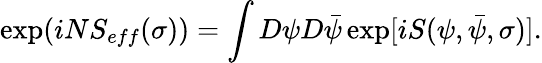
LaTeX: \exp(iNS_{eff}(\sigma))=\int D\psi D\bar{\psi}\exp[iS(\psi,\bar{\psi},\sigma)].